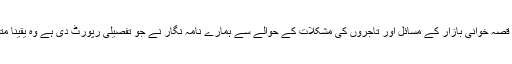
صوبائی دارالحکومت پشاورکے معروف قصہ خوانی بازار کے مسائل اور تاجروں کی مشکلات کے حوالے سے ہمارے نامہ نگار نے جو تفصیلی رپورٹ دی ہے وہ یقینا متعلقہ حکام کی نظروں سے گزری ہوگی ۔